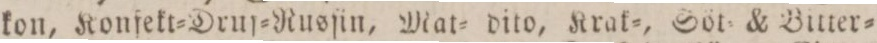
kon, Konfekt=Druf=Rusſin, Mat= dito, Krak=, Söt= & Bitter=